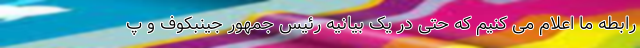
رابطه ما اعلام می کنیم که حتی در یک بیانیه رئیس جمهور جینبکوف و پ